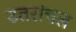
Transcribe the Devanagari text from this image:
उतरांचल